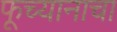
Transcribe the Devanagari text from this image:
फूच्यानाचा